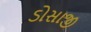
ડોસાજી